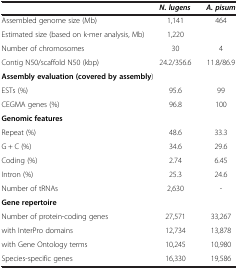
|  | N. lugens | A. pisum |
 | --- | --- | --- |
 | Assembled genome size (Mb) | 1,141 | 464 |
 | Estimated size (based on k-mer analysis, Mb) | 1,220 |  |
 | Number of chromosomes | 30 | 4 |
 | Contig N50/scaffold N50 (kbp) | 24.2/356.6 | 11.8/86.9 |
 | <COLSPAN=3> Assembly evaluation (covered by assembly) |
 | ESTs (%) | 95.6 | 99 |
 | CEGMA genes (%) | 96.8 | 100 |
 | <COLSPAN=3> Genomic features |
 | Repeat (%) | 48.6 | 33.3 |
 | G + C (%) | 34.6 | 29.6 |
 | Coding (%) | 2.74 | 6.45 |
 | Intron (%) | 25.3 | 24.6 |
 | Number of tRNAs | 2,630 | - |
 | <COLSPAN=3> Gene repertoire |
 | Number of protein-coding genes | 27,571 | 33,267 |
 | with InterPro domains | 12,734 | 13,878 |
 | with Gene Ontology terms | 10,245 | 10,980 |
 | Species-specific genes | 16,330 | 19,586 |